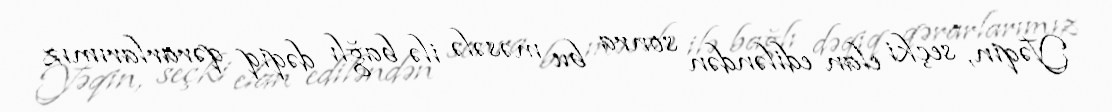
Yəqin, seçki elan ediləndən sonra bu məsələ ilə bağlı dəqiq qərarlarımız